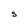
Character: S